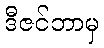
ဒီဇင်ဘာမှ